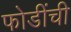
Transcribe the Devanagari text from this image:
फोडींची